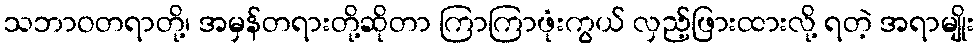
သဘာဝတရာတို့၊ အမှန်တရားတို့ဆိုတာ ကြာကြာဖုံးကွယ် လှည့်ဖြားထားလို့ ရတဲ့ အရာမျိုး